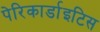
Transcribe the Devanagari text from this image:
पेरिकार्डाइटिस